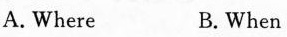
A.Where B.When